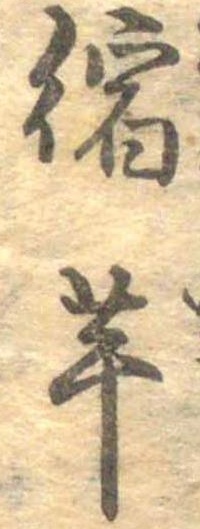
縮芋